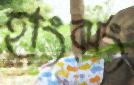
হাংঝং